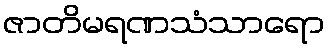
ဇာတိမရဏသံသာရော